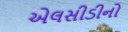
એલસીડીનો